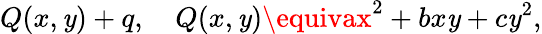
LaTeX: Q(x,\mathit{y})+q,\ \ \ \ Q(x,\mathit{y})\equivax^{2}+bx\mathit{y}+c\mathit{y}^{2},